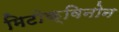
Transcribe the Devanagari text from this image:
मिटोक्विनोन